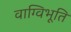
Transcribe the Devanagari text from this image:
वाग्विभूति